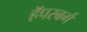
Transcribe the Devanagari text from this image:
हॅपस्बर्ग